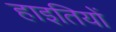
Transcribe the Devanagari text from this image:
हाइतियों